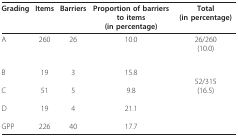
<table><thead><tr><td><b>Grading</b></td><td><b>Items</b></td><td><b>Barriers</b></td><td><b>Proportion of barriers to items(in percentage)</b></td><td><b>Total(in percentage)</b></td></tr></thead><tbody><tr><td>A</td><td>260</td><td>26</td><td>10.0</td><td>26/260(10.0)</td></tr><tr><td>BCDGPP</td><td>195119226</td><td>35440</td><td>15.89.821.117.7</td><td>52/315(16.5)</td></tr></tbody></table>